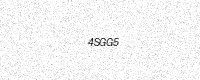
Text: 4SGG5